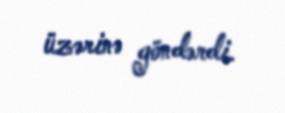
üzərinə göndərdi.